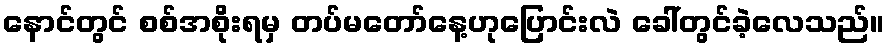
နောင်တွင် စစ်အစိုးရမှ တပ်မတော်နေ့ဟုပြောင်းလဲ ခေါ်တွင်ခဲ့လေသည်။